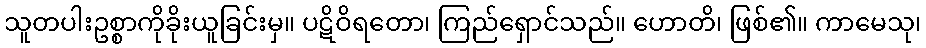
သူတပါးဥစ္စာကိုခိုးယူခြင်းမှ။ ပဋိဝိရတော၊ ကြည်ရှောင်သည်။ ဟောတိ၊ ဖြစ်၏။ ကာမေသု၊